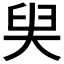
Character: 𡘩